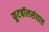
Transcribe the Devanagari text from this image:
फूटबॉलसंघात